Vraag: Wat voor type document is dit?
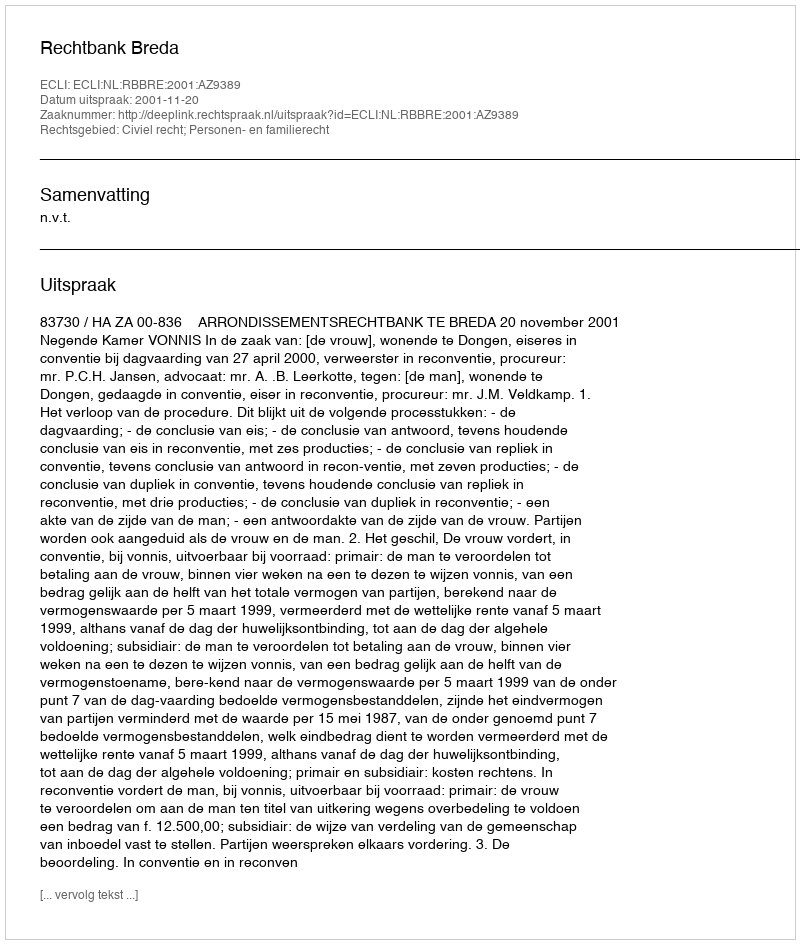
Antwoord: Uitspraak